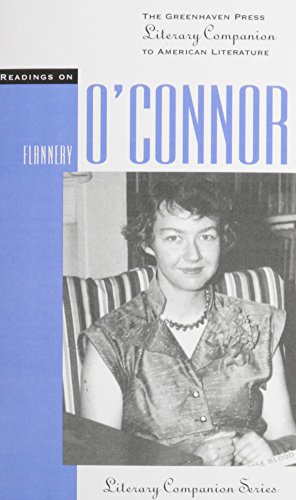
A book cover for Flannery Oconnor (Literary Companion (Greenhaven Paperback)); Jennifer A. Hurley; Teen & Young Adult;